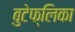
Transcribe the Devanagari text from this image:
बुटेफ्लिका